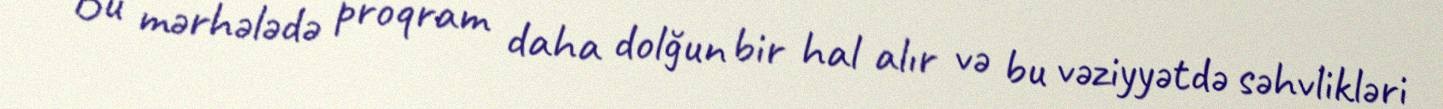
Bu mərhələdə proqram daha dolğun bir hal alır və bu vəziyyətdə səhvlikləri